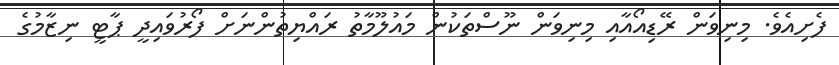
ފެށިއެވެ. މިނިވަން ރޭޑިއޯއާއި މިނިވަން ނޫސްތަކުން މައުލޫމާތު ރައްޔިތުންނަށް ފޯރުވައިދީ ޕާޓީ ނިޒާމުގެ